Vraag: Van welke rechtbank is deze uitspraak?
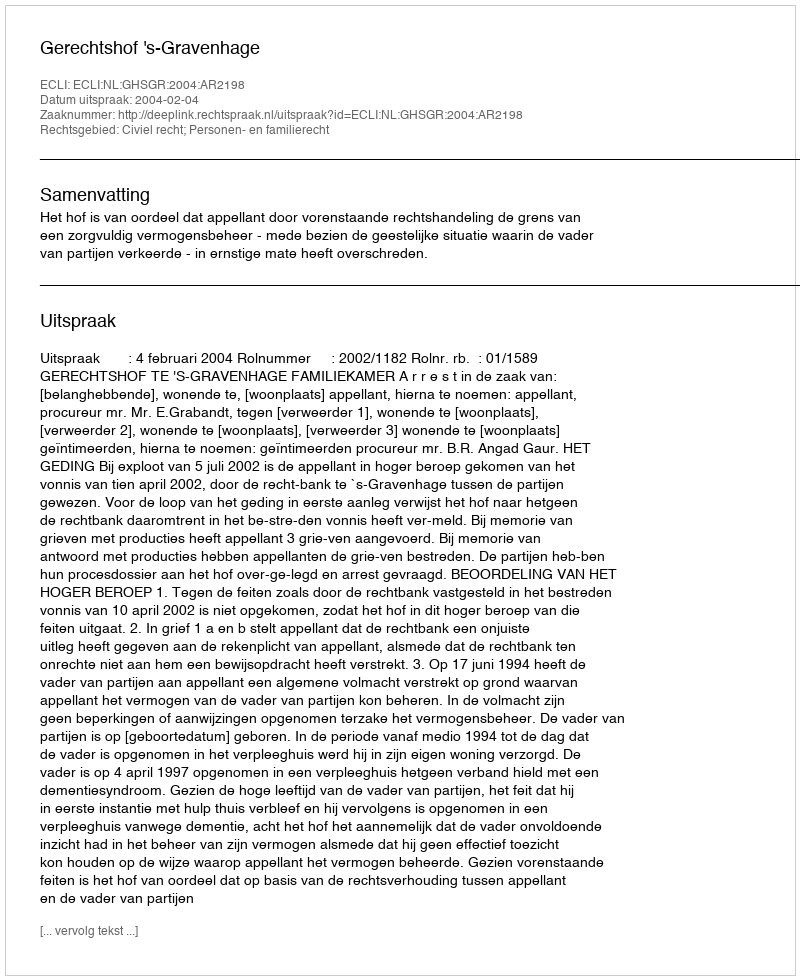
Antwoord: Gerechtshof 's-Gravenhage